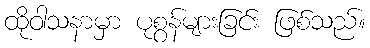
ထိုဝါသနာမှာ ပုစွန်များခြင်း ဖြစ်သည်။